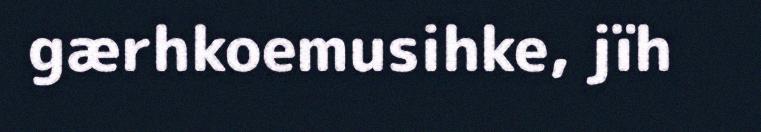
gærhkoemusihke, jïh